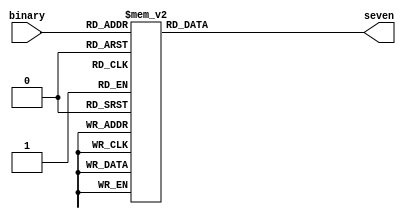
module hex_to_sseg(binary, seven);
    input [3:0] binary;
    output[7:1] seven;
    reg [7:1] seven;
    always @(binary)
    begin
        case (binary)
            4'b0000 : seven = 7'b0000001 ;
            4'b0001 : seven = 7'b1001111 ;
            4'b0010 : seven = 7'b0010010 ;
            4'b0011 : seven = 7'b0000110 ;
            4'b0100 : seven = 7'b1001100 ;
            4'b0101 : seven = 7'b0100100 ;
            4'b0110 : seven = 7'b0100000 ;
            4'b0111 : seven = 7'b0001111 ;
            4'b1000 : seven = 7'b0000000 ;
            4'b1001 : seven = 7'b0001100 ;
            4'b1010 : seven = 7'b0001000 ;
            4'b1011 : seven = 7'b1100000 ;
            4'b1100 : seven = 7'b0110001 ;
            4'b1101 : seven = 7'b1000010 ;
            4'b1110 : seven = 7'b0110000 ;
            4'b1111 : seven = 7'b0111000 ;
            default : seven = 7'b0000001 ;
        endcase
    end
endmodule